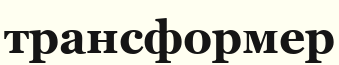
трансформер